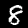
Label: 8